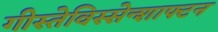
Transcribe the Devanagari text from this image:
गीस्तेविस्सेन्शाफ्टन